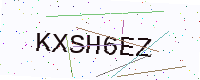
Text: KXSH6EZ